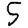
Digit: 5